Eesti_Peakonsulaat_New_Yorgis, lk 41
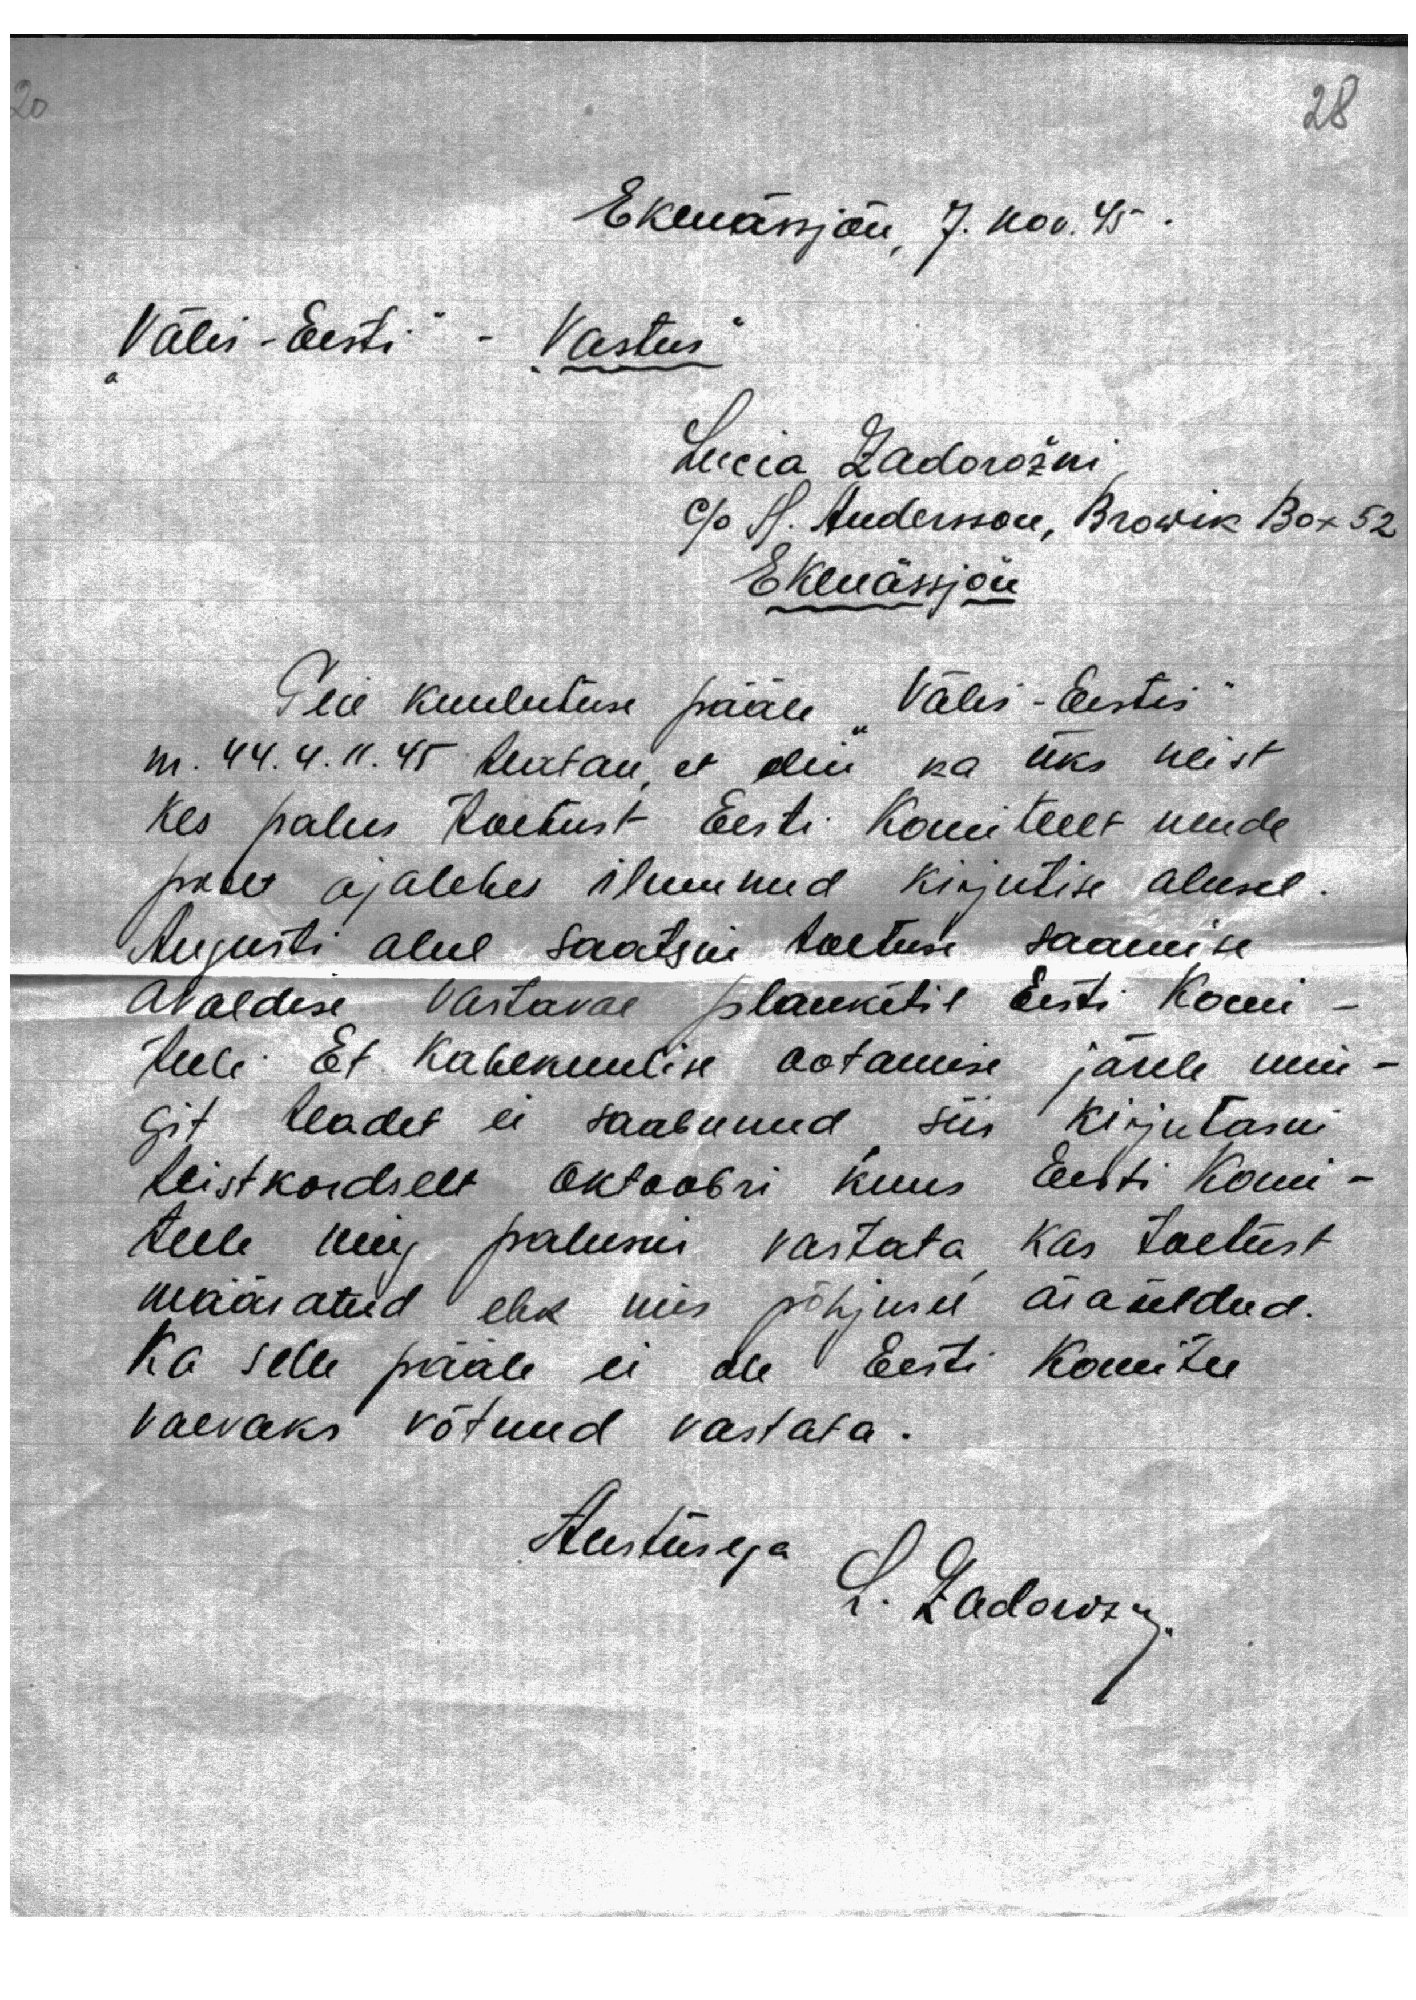
28

Ekenässjön, 7. nov. 45.
Välis-Eesti" - Vastus"
Lucia Zadorožni
c/o H. Andersson, Browik Box 52
Ekenässjön
Teie kuulutuse pääle "Välis-Eestis"
nr. 44. 4. 11. 45 teatan, et olin ka üks neist
kes palus toetust Eesti Komiteelt nende
poolt ajalehes ilmunud kirjutise alusel
Augusti alul saatsin toetuse saamise
avaldise vastaval planketil Eesti Komi-
teele. Et kahekuulise ootamise järele min-
git teadet ei saabunud siis kirjutasin
teistkordselt oktoobri kuus Eesti Komi-
teele ning palusin vastata kas toetust
määratud ehk mis põhjusel äraöeldud.
Ka selle pääle ei ole Eesti Komitee
vaevaks võtnud vastata.
Austusega L. Zadorožny.